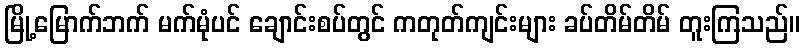
မြို့မြောက်ဘက် မက်မုံပင် ချောင်းစပ်တွင် ကတုတ်ကျင်းများ ခပ်တိမ်တိမ် တူးကြသည်။